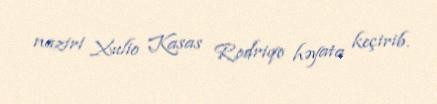
naziri Xulio Kasas Rodriqo həyata keçirib.